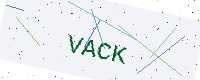
Text: VACK